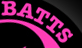
BATTS